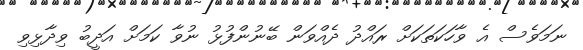
ނަމަވެސް އެ ވާހަކަތަކަށް ރައްދު ދެއްވަން ބޭނުންފުޅު ނުވާ ކަމަށް އަދީބު ވިދާޅިވި